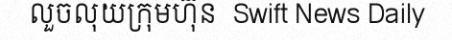
លួចលុយក្រុមហ៊ុន  Swift News Daily